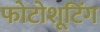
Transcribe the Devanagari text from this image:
फोटोशूटिंग